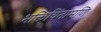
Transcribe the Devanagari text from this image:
भक्तिचिंतामणि